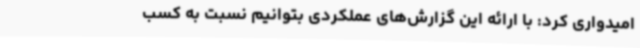
امیدواری کرد: با ارائه این گزارش‌های عملکردی بتوانیم نسبت به ‌کسب